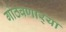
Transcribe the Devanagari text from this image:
गोठवणार्‍या